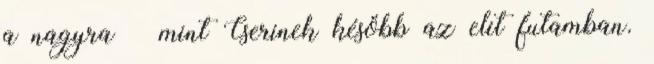
a nagyra – mint Cserinek később az elit futamban.